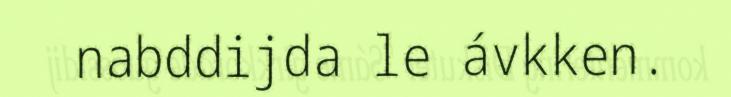
nabddijda le ávkken.